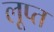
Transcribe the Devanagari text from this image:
लूप्त